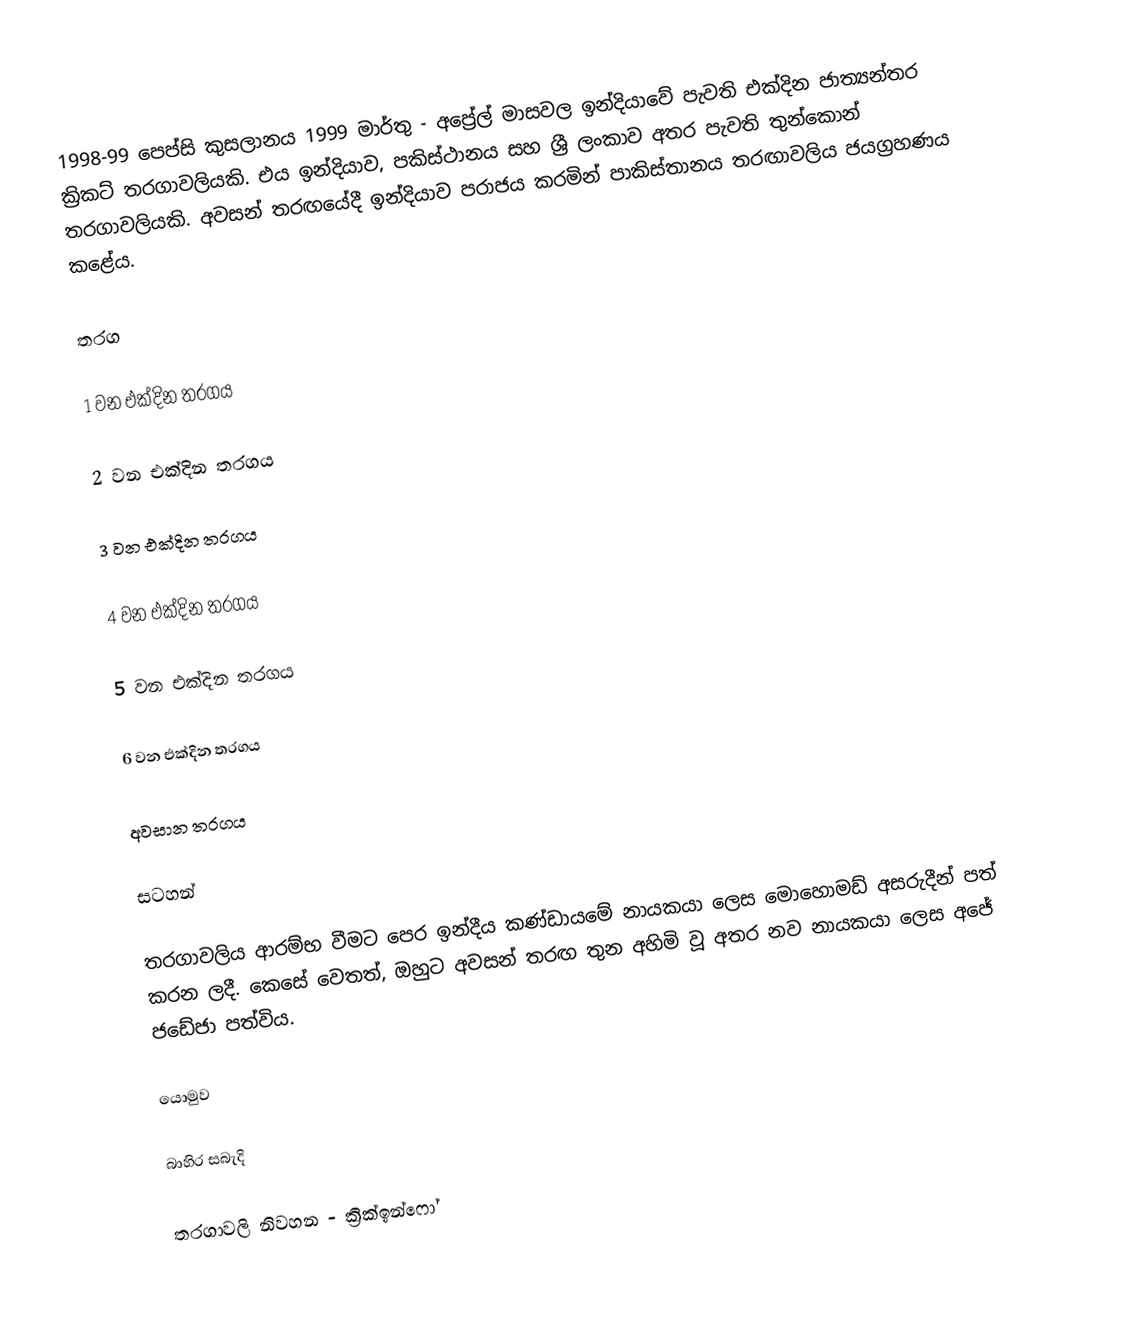
1998-99 පෙප්සි කුසලානය 1999 මාර්තු - අප්‍රේල් මාසවල ඉන්දියාවේ පැවති එක්දින ජාත්‍යන්තර ක්‍රිකට් තරගාවලියකි. එය ඉන්දියාව, පකිස්ථානය සහ ශ්‍රී ලංකාව අතර පැවති තුන්කොන් තරගාවලියකි. අවසන් තරඟයේදී ඉන්දියාව පරාජය කරමින් පාකිස්තානය තරඟාවලිය ජයග්‍රහණය කළේය.

තරග

1 වන එක්දින තරගය

2 වන එක්දින තරගය

3 වන එක්දින තරගය

4 වන එක්දින තරගය

5 වන එක්දින තරගය

6 වන එක්දින තරගය

අවසාන තරගය

සටහන්

 තරගාවලිය ආරම්භ වීමට පෙර ඉන්දීය කණ්ඩායමේ නායකයා ලෙස මොහොමඩ් අසරුදීන් පත් කරන ලදී. කෙසේ වෙතත්, ඔහුට අවසන් තරඟ තුන අහිමි වූ අතර නව නායකයා ලෙස අජේ ජඩේජා පත්විය.

යොමුව

බාහිර සබැදි

 තරගාවලි නිවහන - ක්‍රික්ඉන්ෆෝ